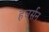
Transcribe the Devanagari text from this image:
हचर्सन